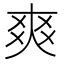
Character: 爽